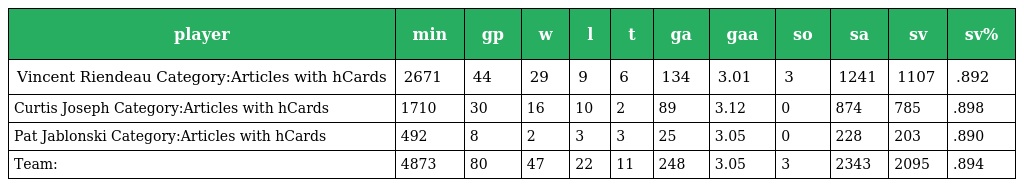
| player | min | gp | w | l | t | ga | gaa | so | sa | sv | sv% |
 | --- | --- | --- | --- | --- | --- | --- | --- | --- | --- | --- | --- |
 | Vincent Riendeau Category:Articles with hCards | 2671 | 44 | 29 | 9 | 6 | 134 | 3.01 | 3 | 1241 | 1107 | .892 |
 | Curtis Joseph Category:Articles with hCards | 1710 | 30 | 16 | 10 | 2 | 89 | 3.12 | 0 | 874 | 785 | .898 |
 | Pat Jablonski Category:Articles with hCards | 492 | 8 | 2 | 3 | 3 | 25 | 3.05 | 0 | 228 | 203 | .890 |
 | Team: | 4873 | 80 | 47 | 22 | 11 | 248 | 3.05 | 3 | 2343 | 2095 | .894 |